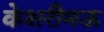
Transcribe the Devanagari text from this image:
केशरीमऊ